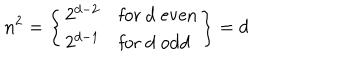
LaTeX: n ^ { 2 } = \left\{ \begin{array} { l l } { { 2 ^ { d - 2 } } } & { { \mathrm { f o r ~ d ~ e v e n } } } \\ { { 2 ^ { d - 1 } } } & { { \mathrm { f o r ~ d ~ o d d } } } \\ \end{array} \right\} = d